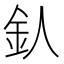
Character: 𨤿